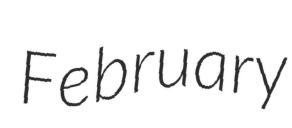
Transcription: February